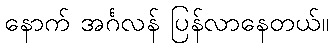
နောက် အင်္ဂလန် ပြန်လာနေတယ်။